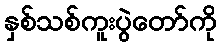
နှစ်သစ်ကူးပွဲတော်ကို